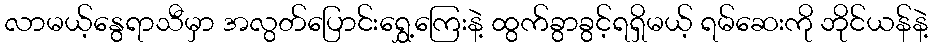
လာမယ့်နွေရာသီမှာ အလွတ်ပြောင်းရွှေ့ကြေးနဲ့ ထွက်ခွာခွင့်ရရှိမယ့် ရမ်ဆေးကို ဘိုင်ယန်နဲ့